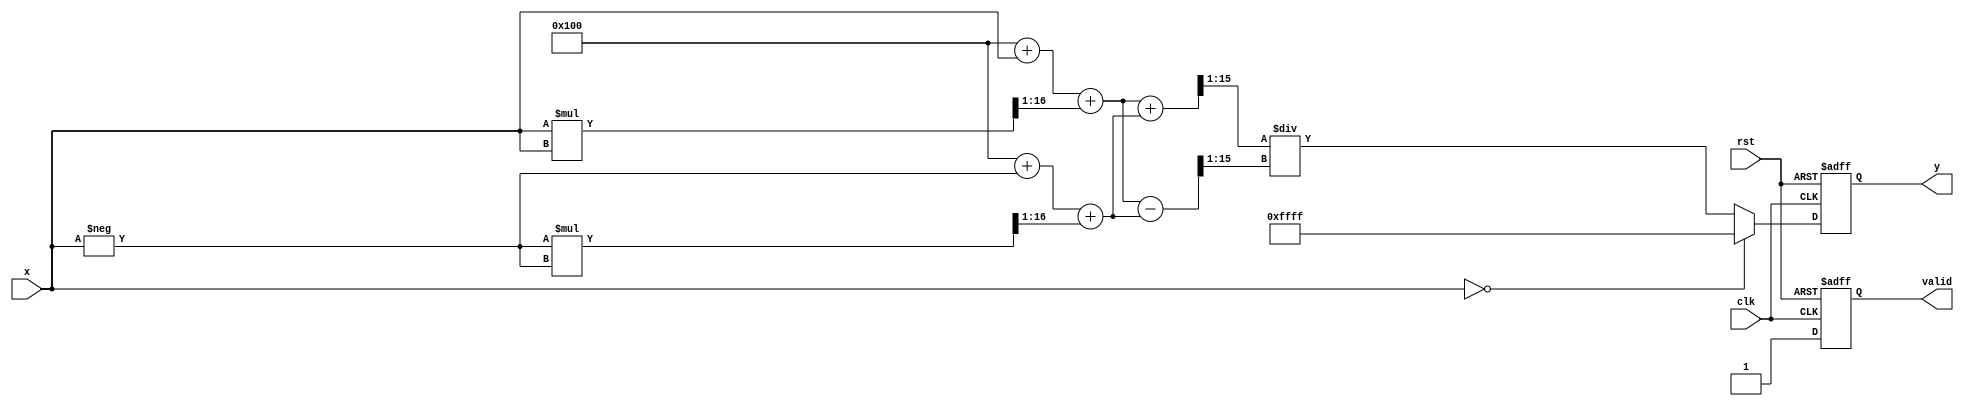
module hyperbolic_cotangent #(
    parameter N = 16, // Total bits for input (n + m)
    parameter P = 16, // Total bits for output (p + q)
    parameter M = 8   // Fractional bits
)(
    input wire clk,
    input wire rst,
    input wire [N-1:0] x, // Fixed-point input
    output reg [P-1:0] y,  // Fixed-point output
    output reg valid        // Output valid signal
);

    // Internal signals
    wire [N-1:0] exp_x;
    wire [N-1:0] exp_neg_x;
    wire [N-1:0] cosh_x;
    wire [N-1:0] sinh_x;
    wire [P-1:0] coth_x;
    wire zero_input;

    // Check if input is zero
    assign zero_input = (x == 0);

    // Exponential calculation (using a simple polynomial approximation)
    // Note: In a real implementation, you would use a more accurate method
    function [N-1:0] exp_func(input [N-1:0] val);
        begin
            // Simple approximation for e^x (for demonstration purposes)
            exp_func = (1 << M) + val + (val * val >> 1); // e^x  1 + x + x^2/2
        end
    endfunction

    // Compute e^X and e^(-X)
    assign exp_x = exp_func(x);
    assign exp_neg_x = exp_func(-x);

    // Compute hyperbolic cosine and sine
    assign cosh_x = (exp_x + exp_neg_x) >> 1; // cosh(x) = (e^x + e^(-x)) / 2
    assign sinh_x = (exp_x - exp_neg_x) >> 1; // sinh(x) = (e^x - e^(-x)) / 2

    // Compute coth(x) = cosh(x) / sinh(x)
    assign coth_x = zero_input ? {P{1'b1}} : (cosh_x / sinh_x); // Handle x = 0 case

    // Control logic to manage output
    always @(posedge clk or posedge rst) begin
        if (rst) begin
            y <= 0;
            valid <= 0;
        end else begin
            y <= coth_x;
            valid <= 1; // Indicate output is valid
        end
    end

endmodule